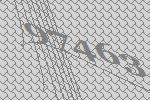
97463